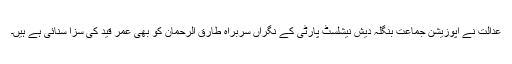
عدالت نے اپوزیشن جماعت بنگلہ دیش نیشلسٹ پارٹی کے نگراں سربراہ طارق الرحمان کو بھی عمر قید کی سزا سنائی ہے ہیں۔